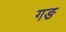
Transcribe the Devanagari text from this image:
गङ